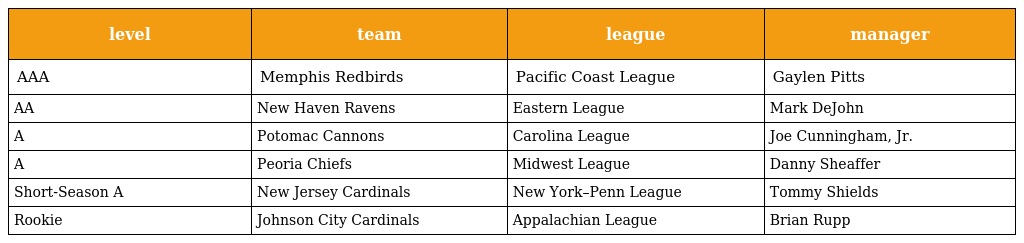
| level | team | league | manager |
 | --- | --- | --- | --- |
 | AAA | Memphis Redbirds | Pacific Coast League | Gaylen Pitts |
 | AA | New Haven Ravens | Eastern League | Mark DeJohn |
 | A | Potomac Cannons | Carolina League | Joe Cunningham, Jr. |
 | A | Peoria Chiefs | Midwest League | Danny Sheaffer |
 | Short-Season A | New Jersey Cardinals | New York–Penn League | Tommy Shields |
 | Rookie | Johnson City Cardinals | Appalachian League | Brian Rupp |